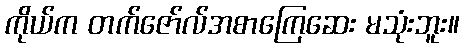
ကိုယ်က တက်ဇော်လ်အစာကြေဆေး မသုံးဘူး။